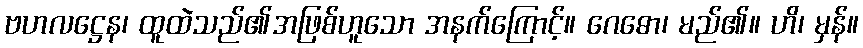
ဗဟလဋ္ဌေန၊ ထူထဲသည်၏အဖြစ်ဟူသော အနက်ကြောင့်။ ဂေဓော၊ မည်၏။ ဟိ၊ မှန်။